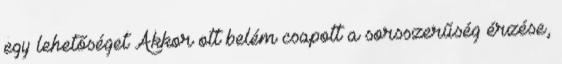
egy lehetőséget Akkor ott belém csapott a sorsszerűség érzése,